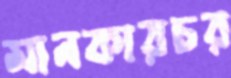
মানকারচর